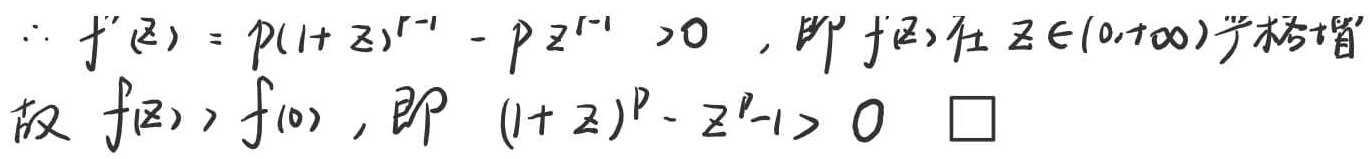
因为 \(f^{\prime}(x)=p(1 + x)^{p - 1}-px^{p - 1}>0\) ，即 \(f(x)\)在 \(x\in(0,+\infty)\)严格增，故 \(f(x)>f(0)\)，即 \((1 + x)^{p}-x^{p}-1>0\) 。\(\square\)